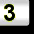
Digit: 3